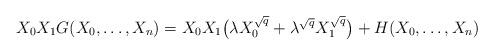
LaTeX: \begin{align*}X_0X_1G(X_0, \dots , X_n) = X_0X_1 \bigl( \lambda X_0^{\sqrt{q}} + \lambda^{\sqrt{q}} X_1^{\sqrt{q}} \bigr) +H(X_0, \dots, X_n)\end{align*}